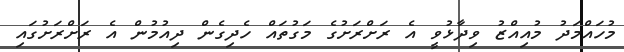
މުހައްމަދު މުއިއްޒު ވިދާޅުވީ އެ ރަށްރަށުގެ މަގުތައް ހެދިގެން ދިއުމުން އެ ރަށްރަށުގައި